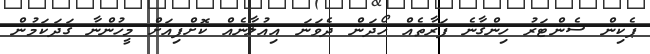
ޕެކިން ސެންޓަރު ހިންގާނެ ފަރާތެއް ހޯދަން ދެވަނަ އިއުލާނެއް ކޮށްފިއަށް މީހުންނާ ގަދަކަމުން